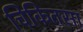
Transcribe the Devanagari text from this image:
चिकितसा